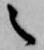
之